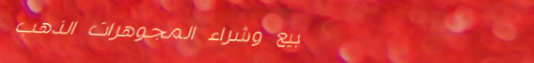
بيع وشراء المجوهرات الذهب